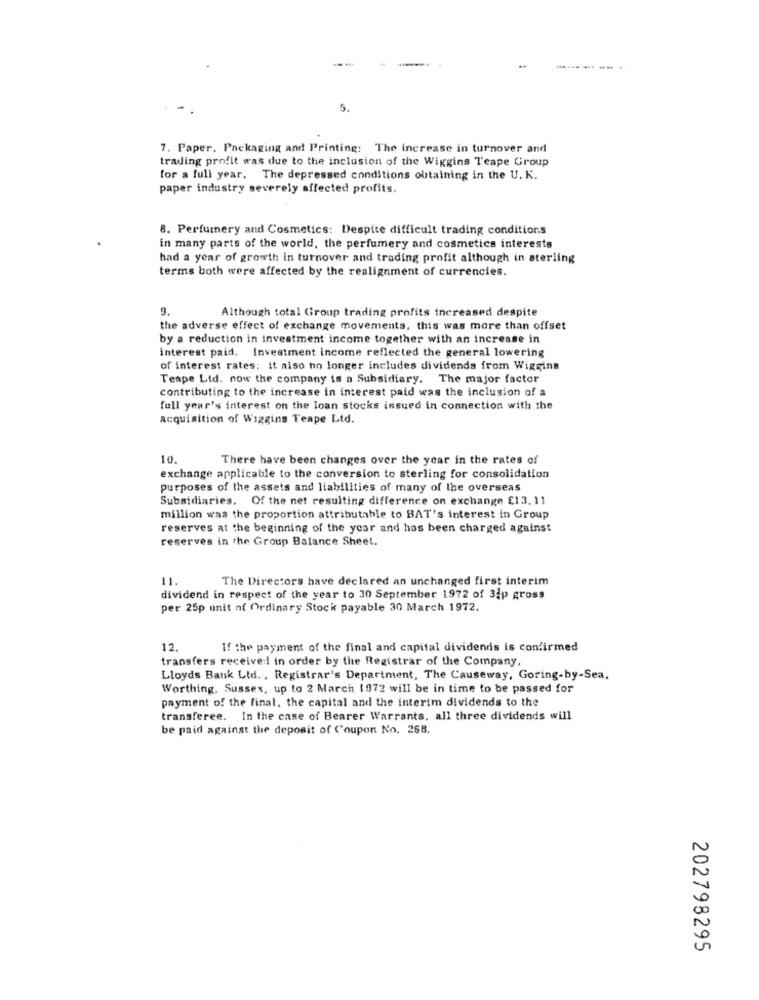
5.
7. Paper, Packaging and Printing: The increase in turnover and
trading profit was due to the inclusion of the Wiggins Teape Group
for a full year. The depressed conditions obtaining in the U. K.
paper industry severely affected profits.
8. Perfumery and Cosmetics: Despite difficult trading conditions
in many parts of the world, the perfumery and cosmetics interests
had a year of growth in turnover and trading profit although in sterling
terms both were affected by the realignment of currencies.
9
Although total Group trading profits increased despite
the adverse effect of exchange movements, this was more than offset
by a reduction in investment income together with an increase in
interest paid, Investment income reflected the general lowering
of interest rates; it also no longer includes dividends from Wiggins
Teape Ltd. now the company is a Subsidiary. The major factor
contributing to the increase in interest paid was the inclusion of a
full year's interest on the loan stocks issued in connection with the
acquisition of Wiggins Teape Ltd.
10.
There have been changes over the year in the rates of
exchange applicable to the conversion to sterling for consolidation
purposes of the assets and liabilities of many of the overseas
Subsidiaries. Of the net resulting difference on exchange £13. 11
million was the proportion attributable to BAT's interest in Group
reserves at the beginning of the year and has been charged against
reserves in the Group Balance Sheet.
11.
The Directors have declared an unchanged first interim
dividend in respect of the year to 30 September 1972 of 3ip gross
per 25p unit of Ordinary Stock payable 30 March 1972.
12.
If the payment of the final and capital dividends is confirmed
transfers received in order by the Registrar of the Company.
Lloyds Bank Ltd. , Registrar's Department, The Causeway, Goring-by-Sea.
Worthing, Sussex, up to 2 March 1972 will be in time to be passed for
payment of the final, the capital and the interim dividends to the
transferee. In the case of Bearer Warrants, all three dividends will
be paid against the deposit of Coupon No. 268.
202798295